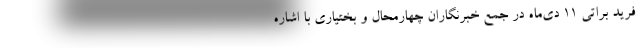
فرید براتی ۱۱ دی‌ماه در جمع خبرنگاران چهارمحال و بختیاری با اشاره